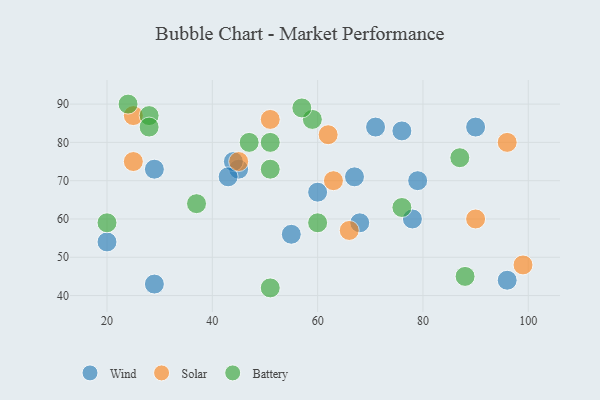
{"axis": {"x": "GDP", "y": "Life Expectancy"}, "legend": ["Battery", "Solar", "Wind"], "data": [{"x": "29", "y": 73, "type": "Wind"}, {"x": "90", "y": 84, "type": "Wind"}, {"x": "78", "y": 60, "type": "Wind"}, {"x": "60", "y": 67, "type": "Wind"}, {"x": "45", "y": 73, "type": "Wind"}, {"x": "55", "y": 56, "type": "Wind"}, {"x": "44", "y": 75, "type": "Wind"}, {"x": "29", "y": 43, "type": "Wind"}, {"x": "67", "y": 71, "type": "Wind"}, {"x": "71", "y": 84, "type": "Wind"}, {"x": "79", "y": 70, "type": "Wind"}, {"x": "43", "y": 71, "type": "Wind"}, {"x": "20", "y": 54, "type": "Wind"}, {"x": "96", "y": 44, "type": "Wind"}, {"x": "68", "y": 59, "type": "Wind"}, {"x": "76", "y": 83, "type": "Wind"}, {"x": "45", "y": 75, "type": "Solar"}, {"x": "25", "y": 75, "type": "Solar"}, {"x": "62", "y": 82, "type": "Solar"}, {"x": "51", "y": 86, "type": "Solar"}, {"x": "63", "y": 70, "type": "Solar"}, {"x": "90", "y": 60, "type": "Solar"}, {"x": "25", "y": 87, "type": "Solar"}, {"x": "66", "y": 57, "type": "Solar"}, {"x": "99", "y": 48, "type": "Solar"}, {"x": "96", "y": 80, "type": "Solar"}, {"x": "59", "y": 86, "type": "Battery"}, {"x": "57", "y": 89, "type": "Battery"}, {"x": "76", "y": 63, "type": "Battery"}, {"x": "51", "y": 42, "type": "Battery"}, {"x": "24", "y": 90, "type": "Battery"}, {"x": "20", "y": 59, "type": "Battery"}, {"x": "47", "y": 80, "type": "Battery"}, {"x": "88", "y": 45, "type": "Battery"}, {"x": "51", "y": 80, "type": "Battery"}, {"x": "28", "y": 87, "type": "Battery"}, {"x": "37", "y": 64, "type": "Battery"}, {"x": "60", "y": 59, "type": "Battery"}, {"x": "28", "y": 84, "type": "Battery"}, {"x": "87", "y": 76, "type": "Battery"}, {"x": "51", "y": 73, "type": "Battery"}]}